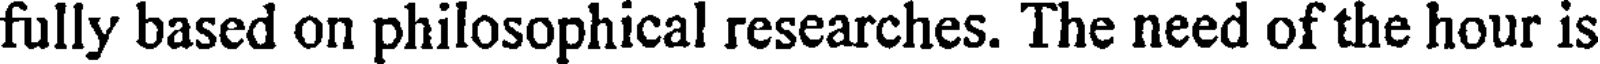
fully based on philosophical researches. The need of the hour is